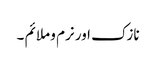
نازک اور نرم و ملائم ۔